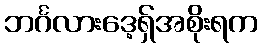
ဘင်္ဂလားဒေ့ရှ်အစိုးရက